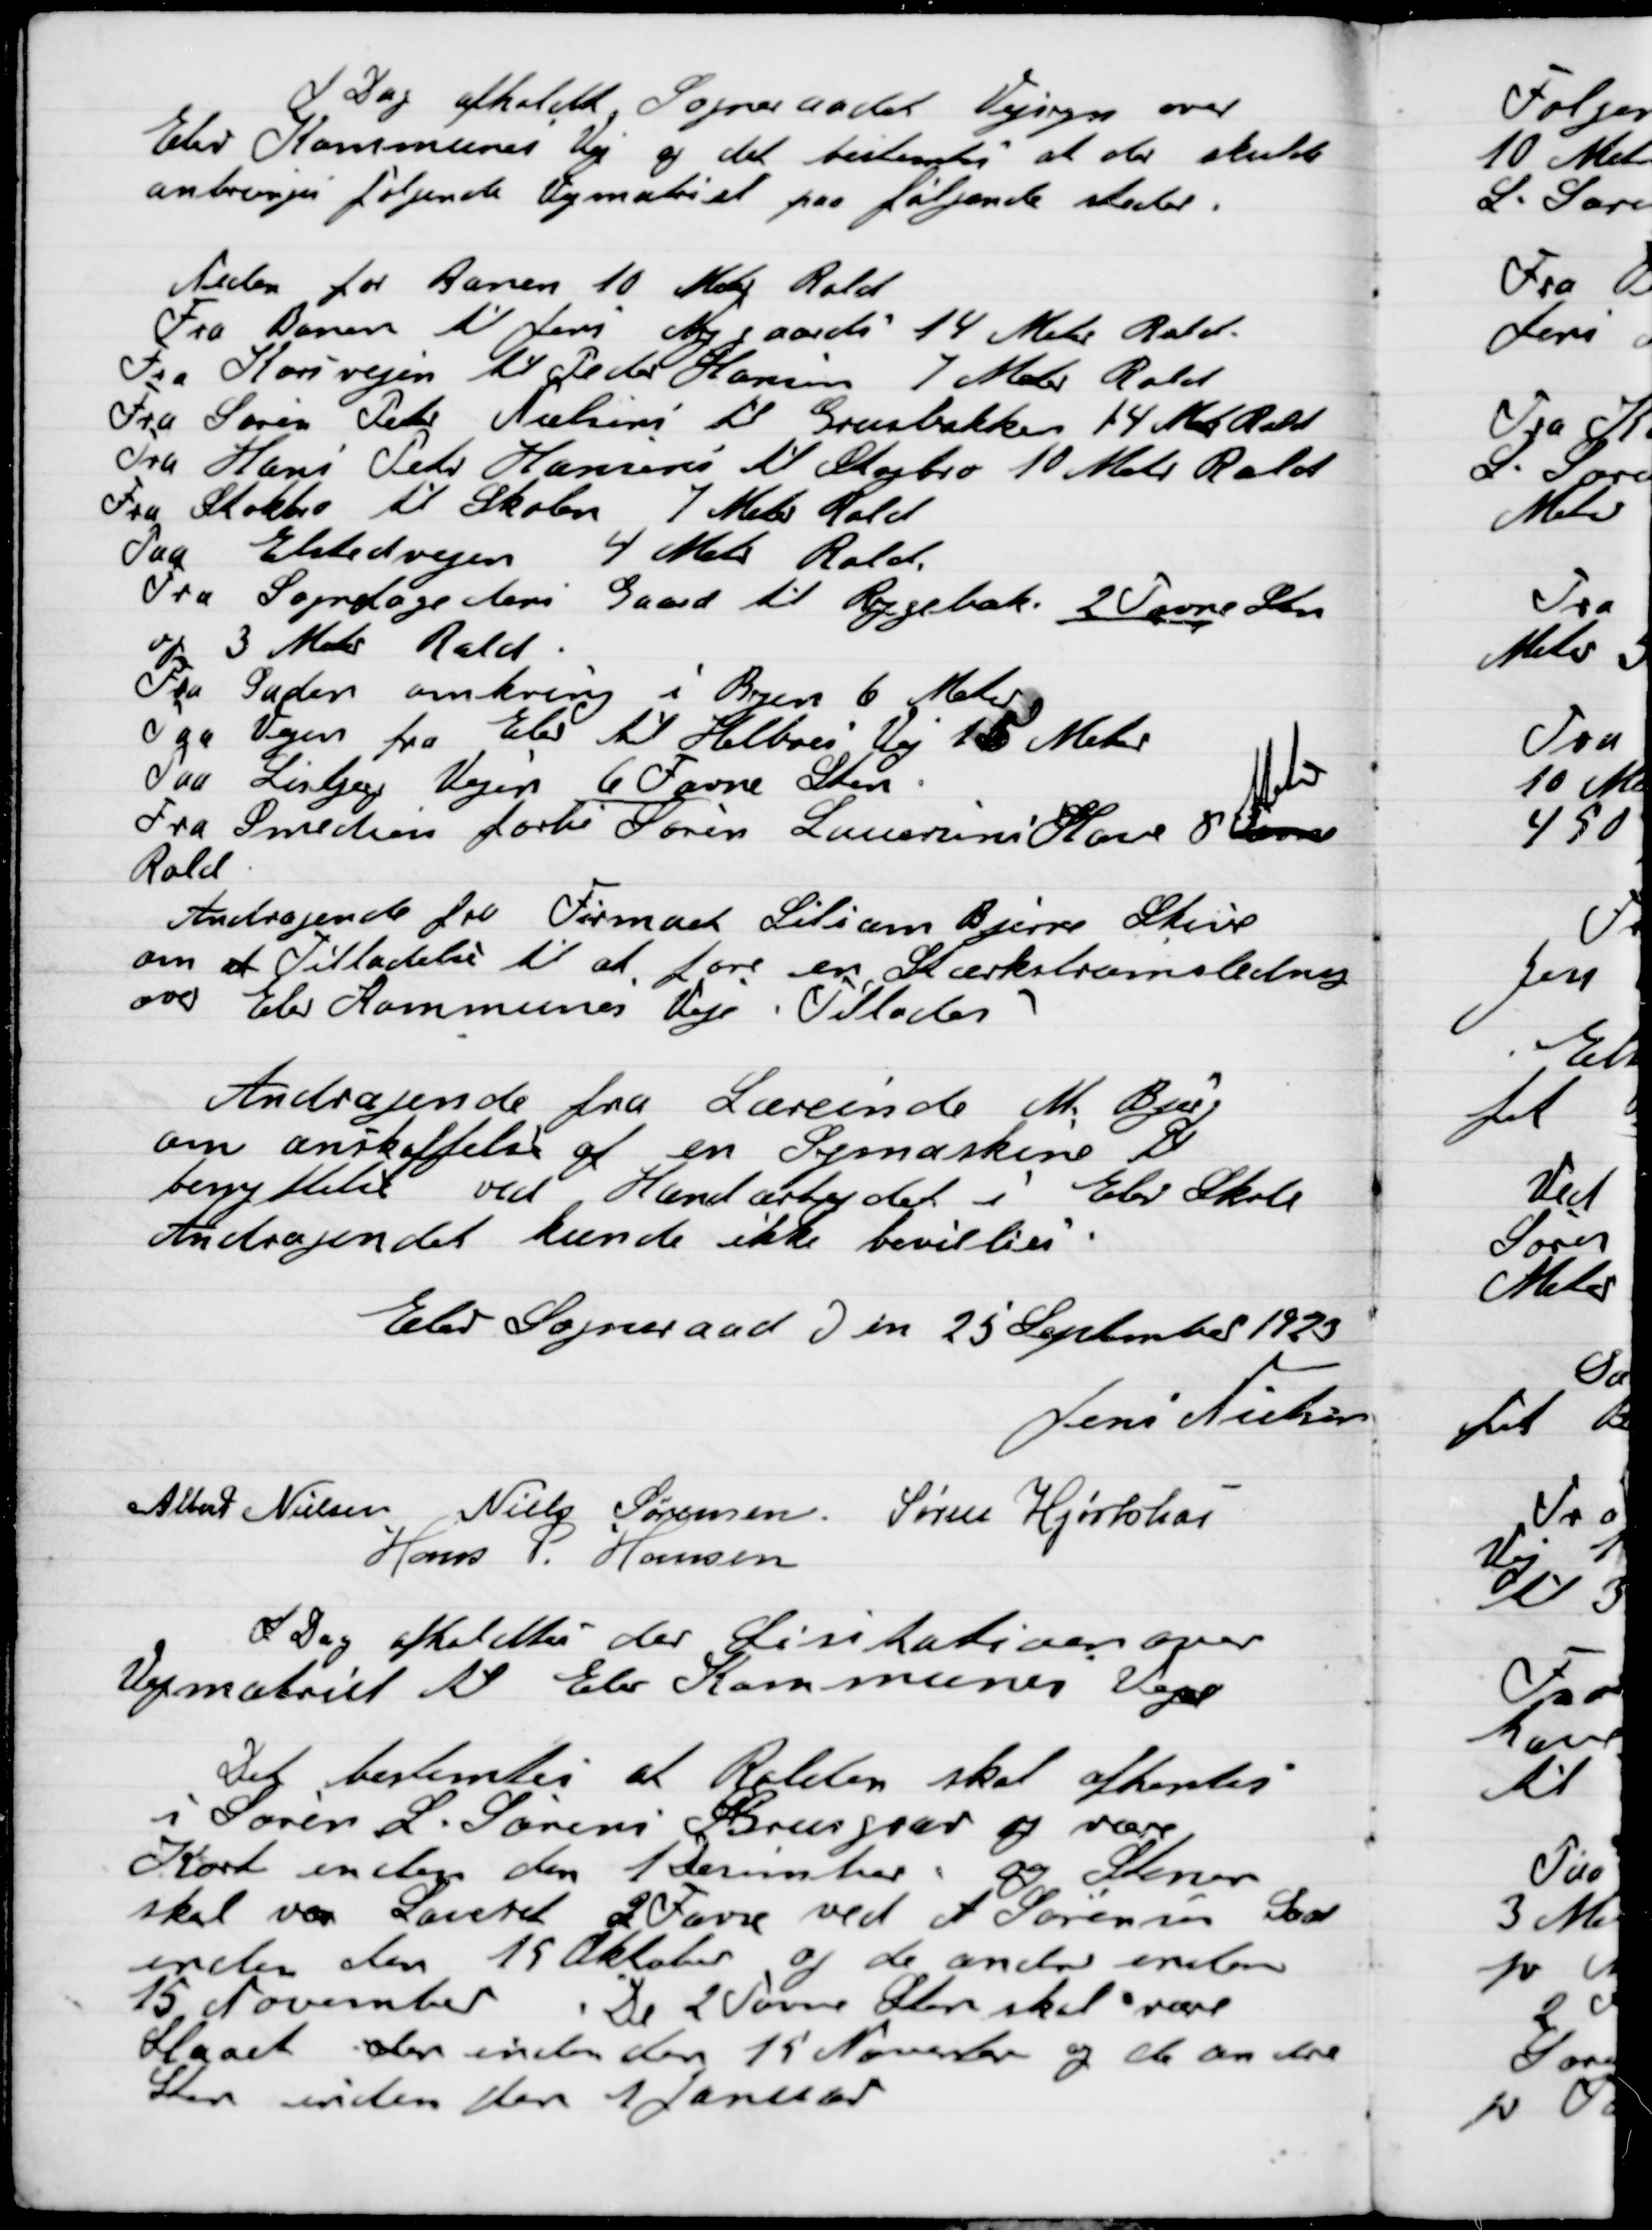
Transskription:
I Dag afholdt Sogneraadet Vejsyn over
Elev Kommunes vej og det bestemtes af der skulle
anbringes følgende vejmateriel paa følende steder.

Neden for Banen 10 Meter Rald
Fra Banen til Jens Nygaards 14 Meter Rald
Fra Korsvejen til Peder Hansen 7 Meter Rald
Fra Søren Peter Hansen til Grenbakken 14 Meter Rald
Fra Hans Peter Hansen til Stogbro 10 Meter Rald
Fra Stokbro til Skolen 7 Meter Rald
Paa Elstedvejen 4 Meter Rald
Fra Sognefogedens Gaard til Rygebak 2 Favne Sten
og 3 Meter Rald
Fra Saden omkring i Byen 6 Meter
Fra Vejen fra Elev til Helboes Vej 15 Meter
Paa Lisbjerg Vejen 6 Favne Sten
Fra Smedien forbi Søren Laurines Have 8 Sten
Meter
Rald

Andragende fra Firmaet Liliam Bjerre Skive
om et Tilladelse til at føre en Stærkstrømsledning
over Elev Kommunes Veje. Tillades.

Andragende fra Lærerinde M. Bjerg
om anskaffelse af en Symaskine til
benyttelse ved Haandarbejdet i Elev Skole
Andragendet kunde ikke bevillies.

Elev Sogneraad D. en 25 September 1923

Jens Nielsen
Albert Nielsen
Niels Sørensen
Søren Hjorthøi
Hans P. Hansen

I Dag afholdes der Licitation over
Vejmateriel til Elev Kommunes Veje

Det bestemtes at Ralden skal afhentes
i Søren L. Sørensens Grusgrav og være
Kørt inden den 1 December og Stenen
skal være Leveret 2 Favne ved A. Sørensens Gaard
inden den 15 Oktober og de andre inden
15 November. De 2 Favne Sten skal være
Slaaet der inden den 15 November og de andre
Sten inden den 1 Januar